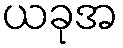
ယခုအ